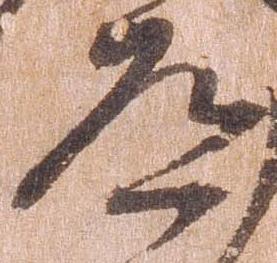
道